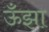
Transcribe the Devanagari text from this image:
ऊँझा